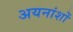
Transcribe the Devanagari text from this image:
अयनांशों